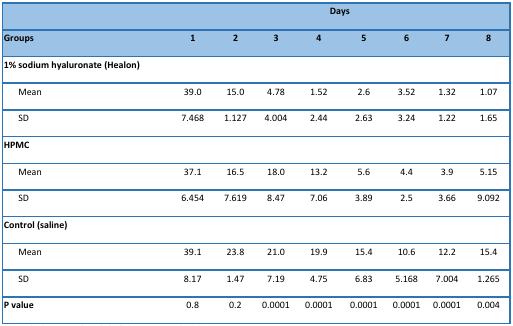
|  | <COLSPAN=8> Days |
 | Groups | 1 | 2 | 3 | 4 | 5 | 6 | 7 | 8 |
 | --- | --- | --- | --- | --- | --- | --- | --- | --- |
 | 1% sodium hyaluronate (Healon) |  |  |  |  |  |  |  |  |
 | Mean | 39.0 | 15.0 | 4.78 | 1.52 | 2.6 | 3.52 | 1.32 | 1.07 |
 | SD | 7.468 | 1.127 | 4.004 | 2.44 | 2.63 | 3.24 | 1.22 | 1.65 |
 | HPMC |  |  |  |  |  |  |  |  |
 | Mean | 37.1 | 16.5 | 18.0 | 13.2 | 5.6 | 4.4 | 3.9 | 5.15 |
 | SD | 6.454 | 7.619 | 8.47 | 7.06 | 3.89 | 2.5 | 3.66 | 9.092 |
 | Control (saline) |  |  |  |  |  |  |  |  |
 | Mean | 39.1 | 23.8 | 21.0 | 19.9 | 15.4 | 10.6 | 12.2 | 15.4 |
 | SD | 8.17 | 1.47 | 7.19 | 4.75 | 6.83 | 5.168 | 7.004 | 1.265 |
 | P value | 0.8 | 0.2 | 0.0001 | 0.0001 | 0.0001 | 0.0001 | 0.0001 | 0.004 |